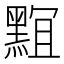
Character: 𪑎